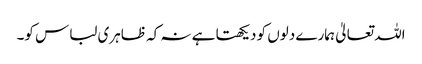
اللہ تعالیٰ ہمارے دلوں کو دیکھتا ہے نہ کہ ظاہری لباس کو۔